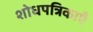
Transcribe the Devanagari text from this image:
शोधपत्रिकाएँ